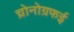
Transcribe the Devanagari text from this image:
च्रोनोग्रफई